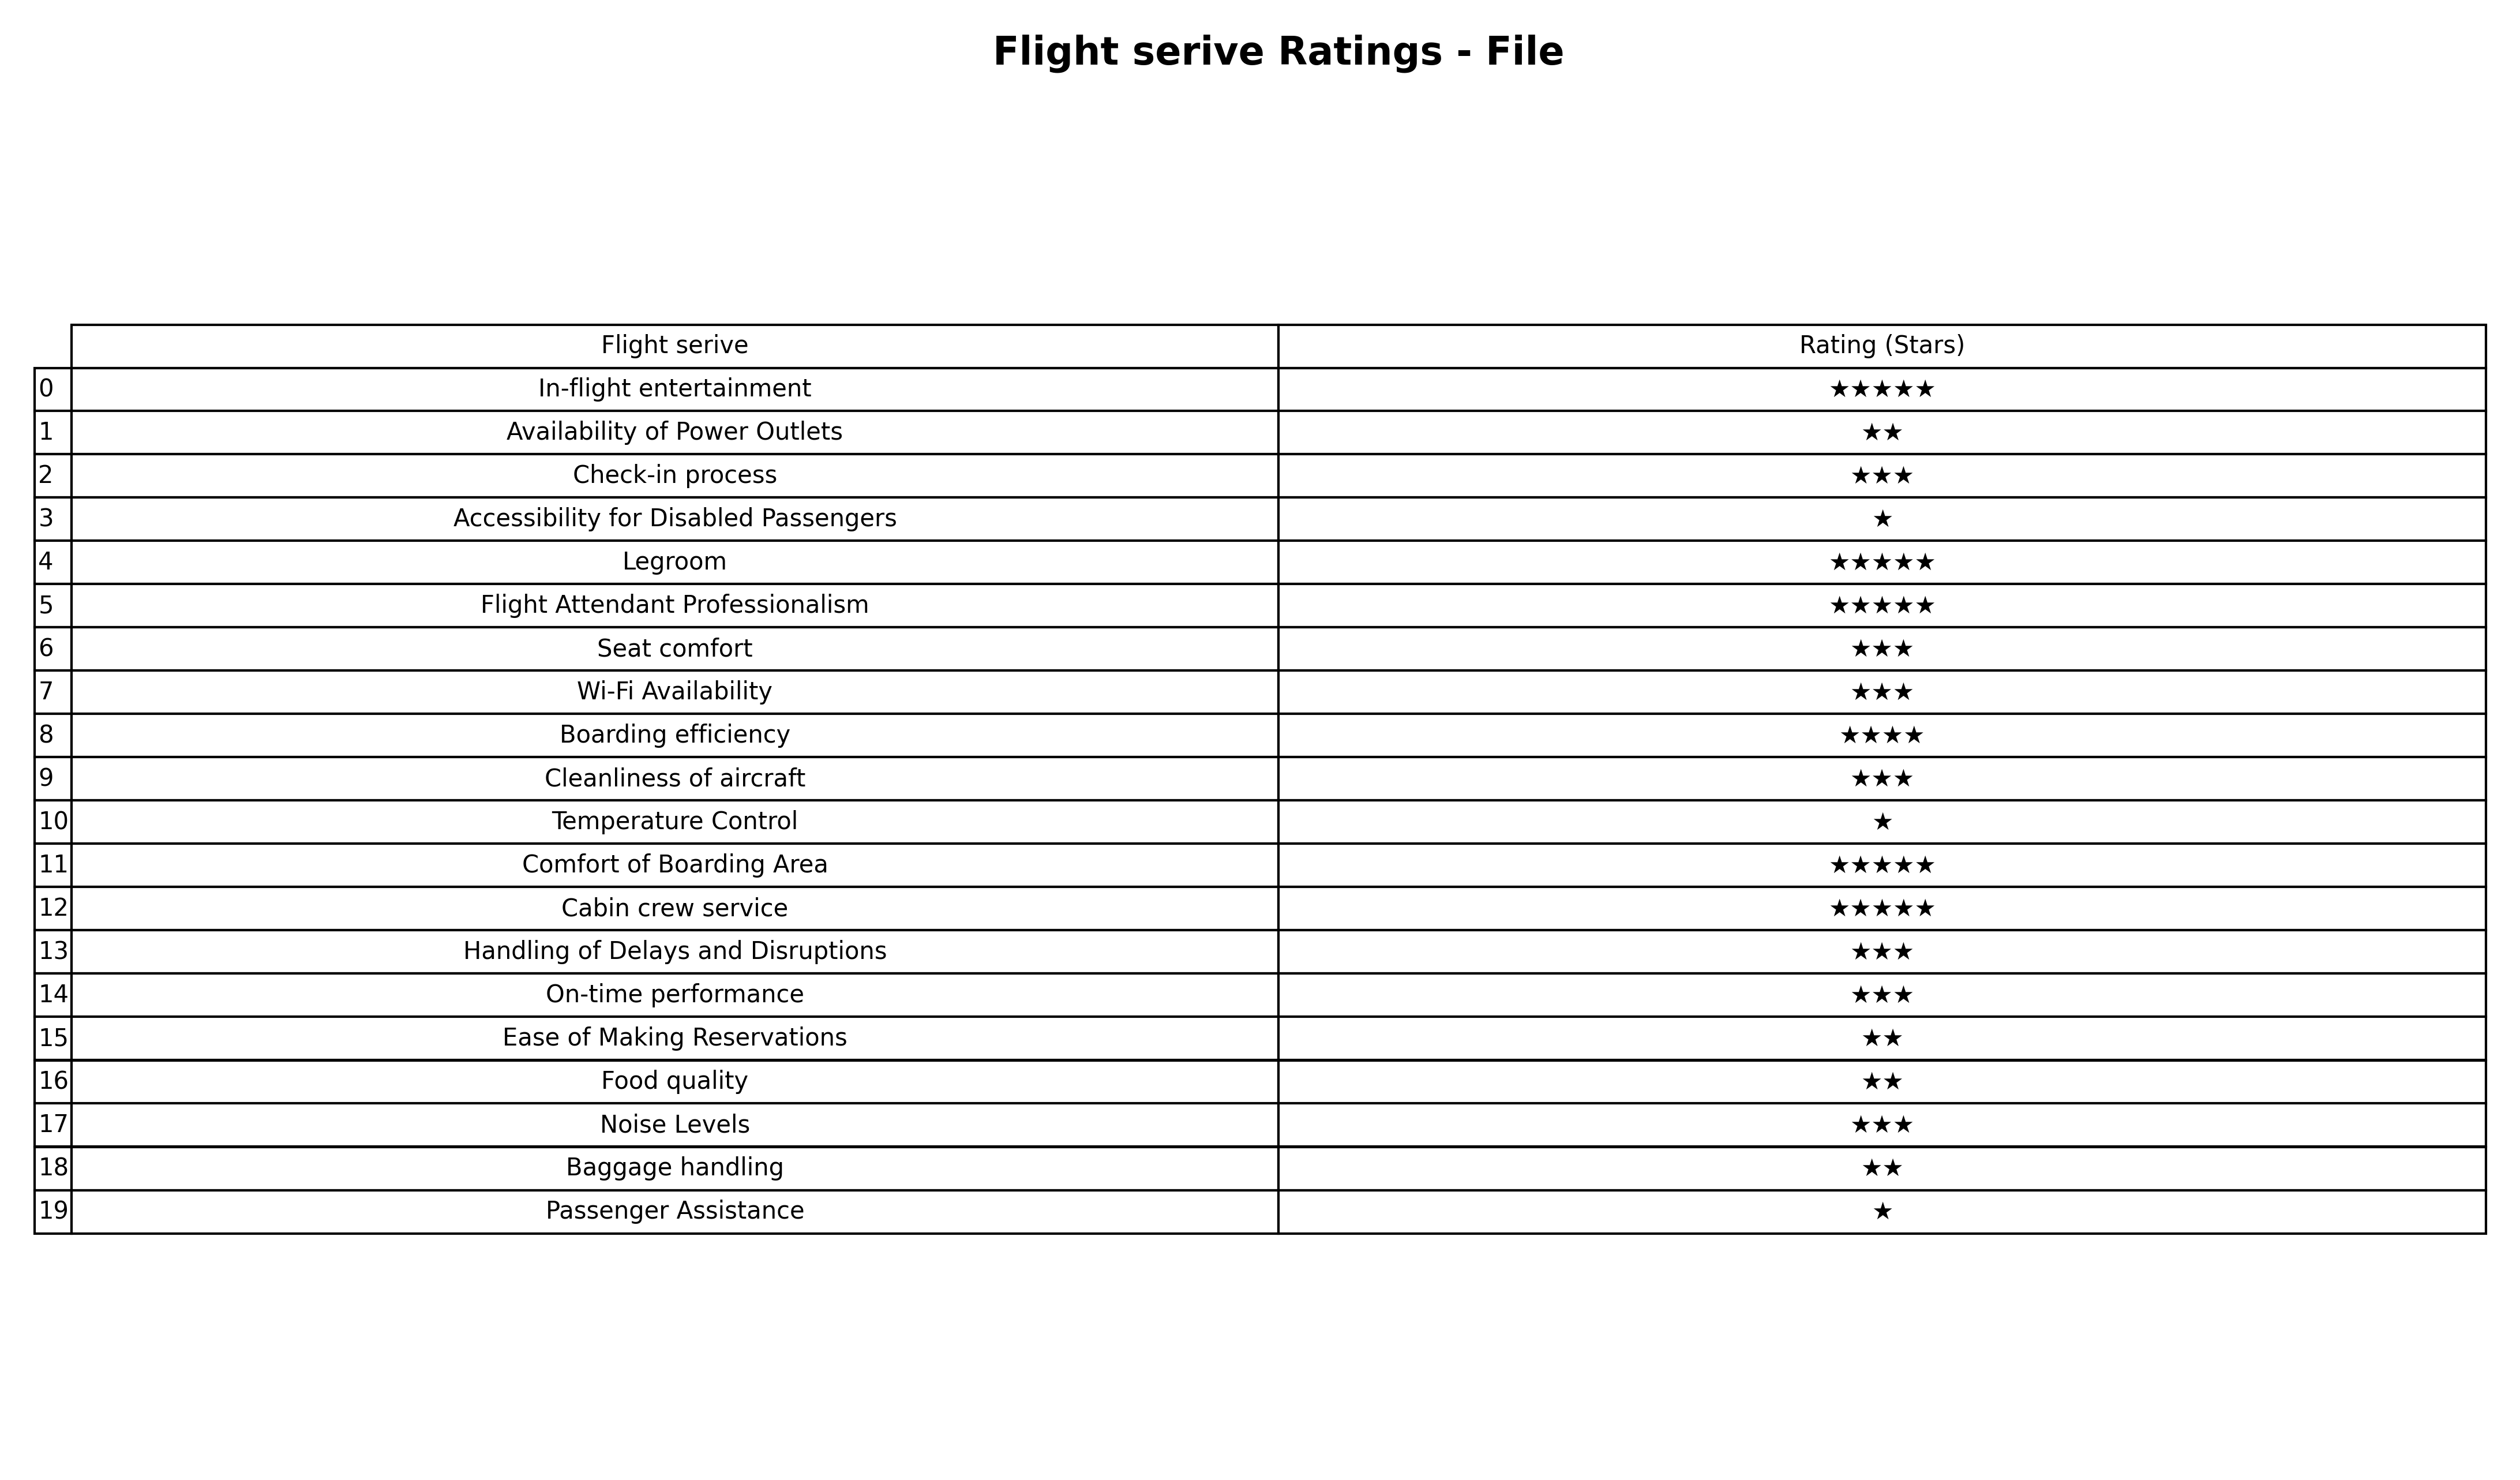
question: What are lowest rating services?
answer: Boarding efficiency